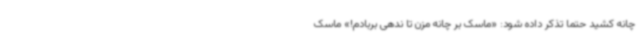
چانه کشید حتما تذکر داده شود: «ماسک بر چانه مزن تا ندهی بربادم!» ماسک